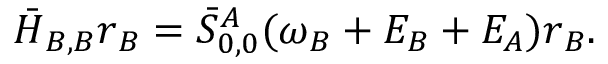
\begin{array} { r } { \boldsymbol { \bar { H } } _ { B , B } \boldsymbol { r } _ { B } = \bar { S } _ { 0 , 0 } ^ { A } ( \omega _ { B } + E _ { B } + E _ { A } ) \boldsymbol { r } _ { B } . } \end{array}